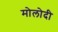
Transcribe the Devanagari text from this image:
मोलोदी